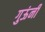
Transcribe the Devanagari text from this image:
गुऊंनी